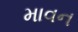
માવન